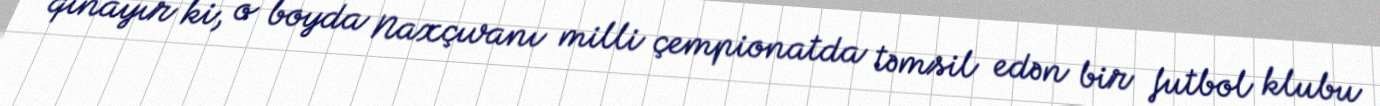
qınayır ki, o boyda Naxçıvanı milli çempionatda təmsil edən bir futbol klubu